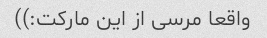
واقعا مرسی از این مارکت:))